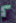
كم